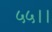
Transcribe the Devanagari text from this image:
५५।।